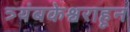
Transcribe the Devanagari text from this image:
त्र्यंबकेश्वराहून